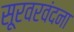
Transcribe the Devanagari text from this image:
सूरवरवंदना